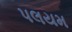
પલયમ